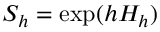
S _ { h } = \exp ( h H _ { h } )